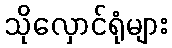
သိုလှောင်ရုံများ